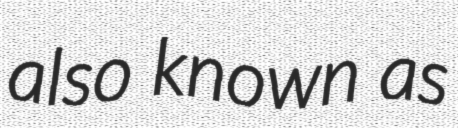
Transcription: also known as